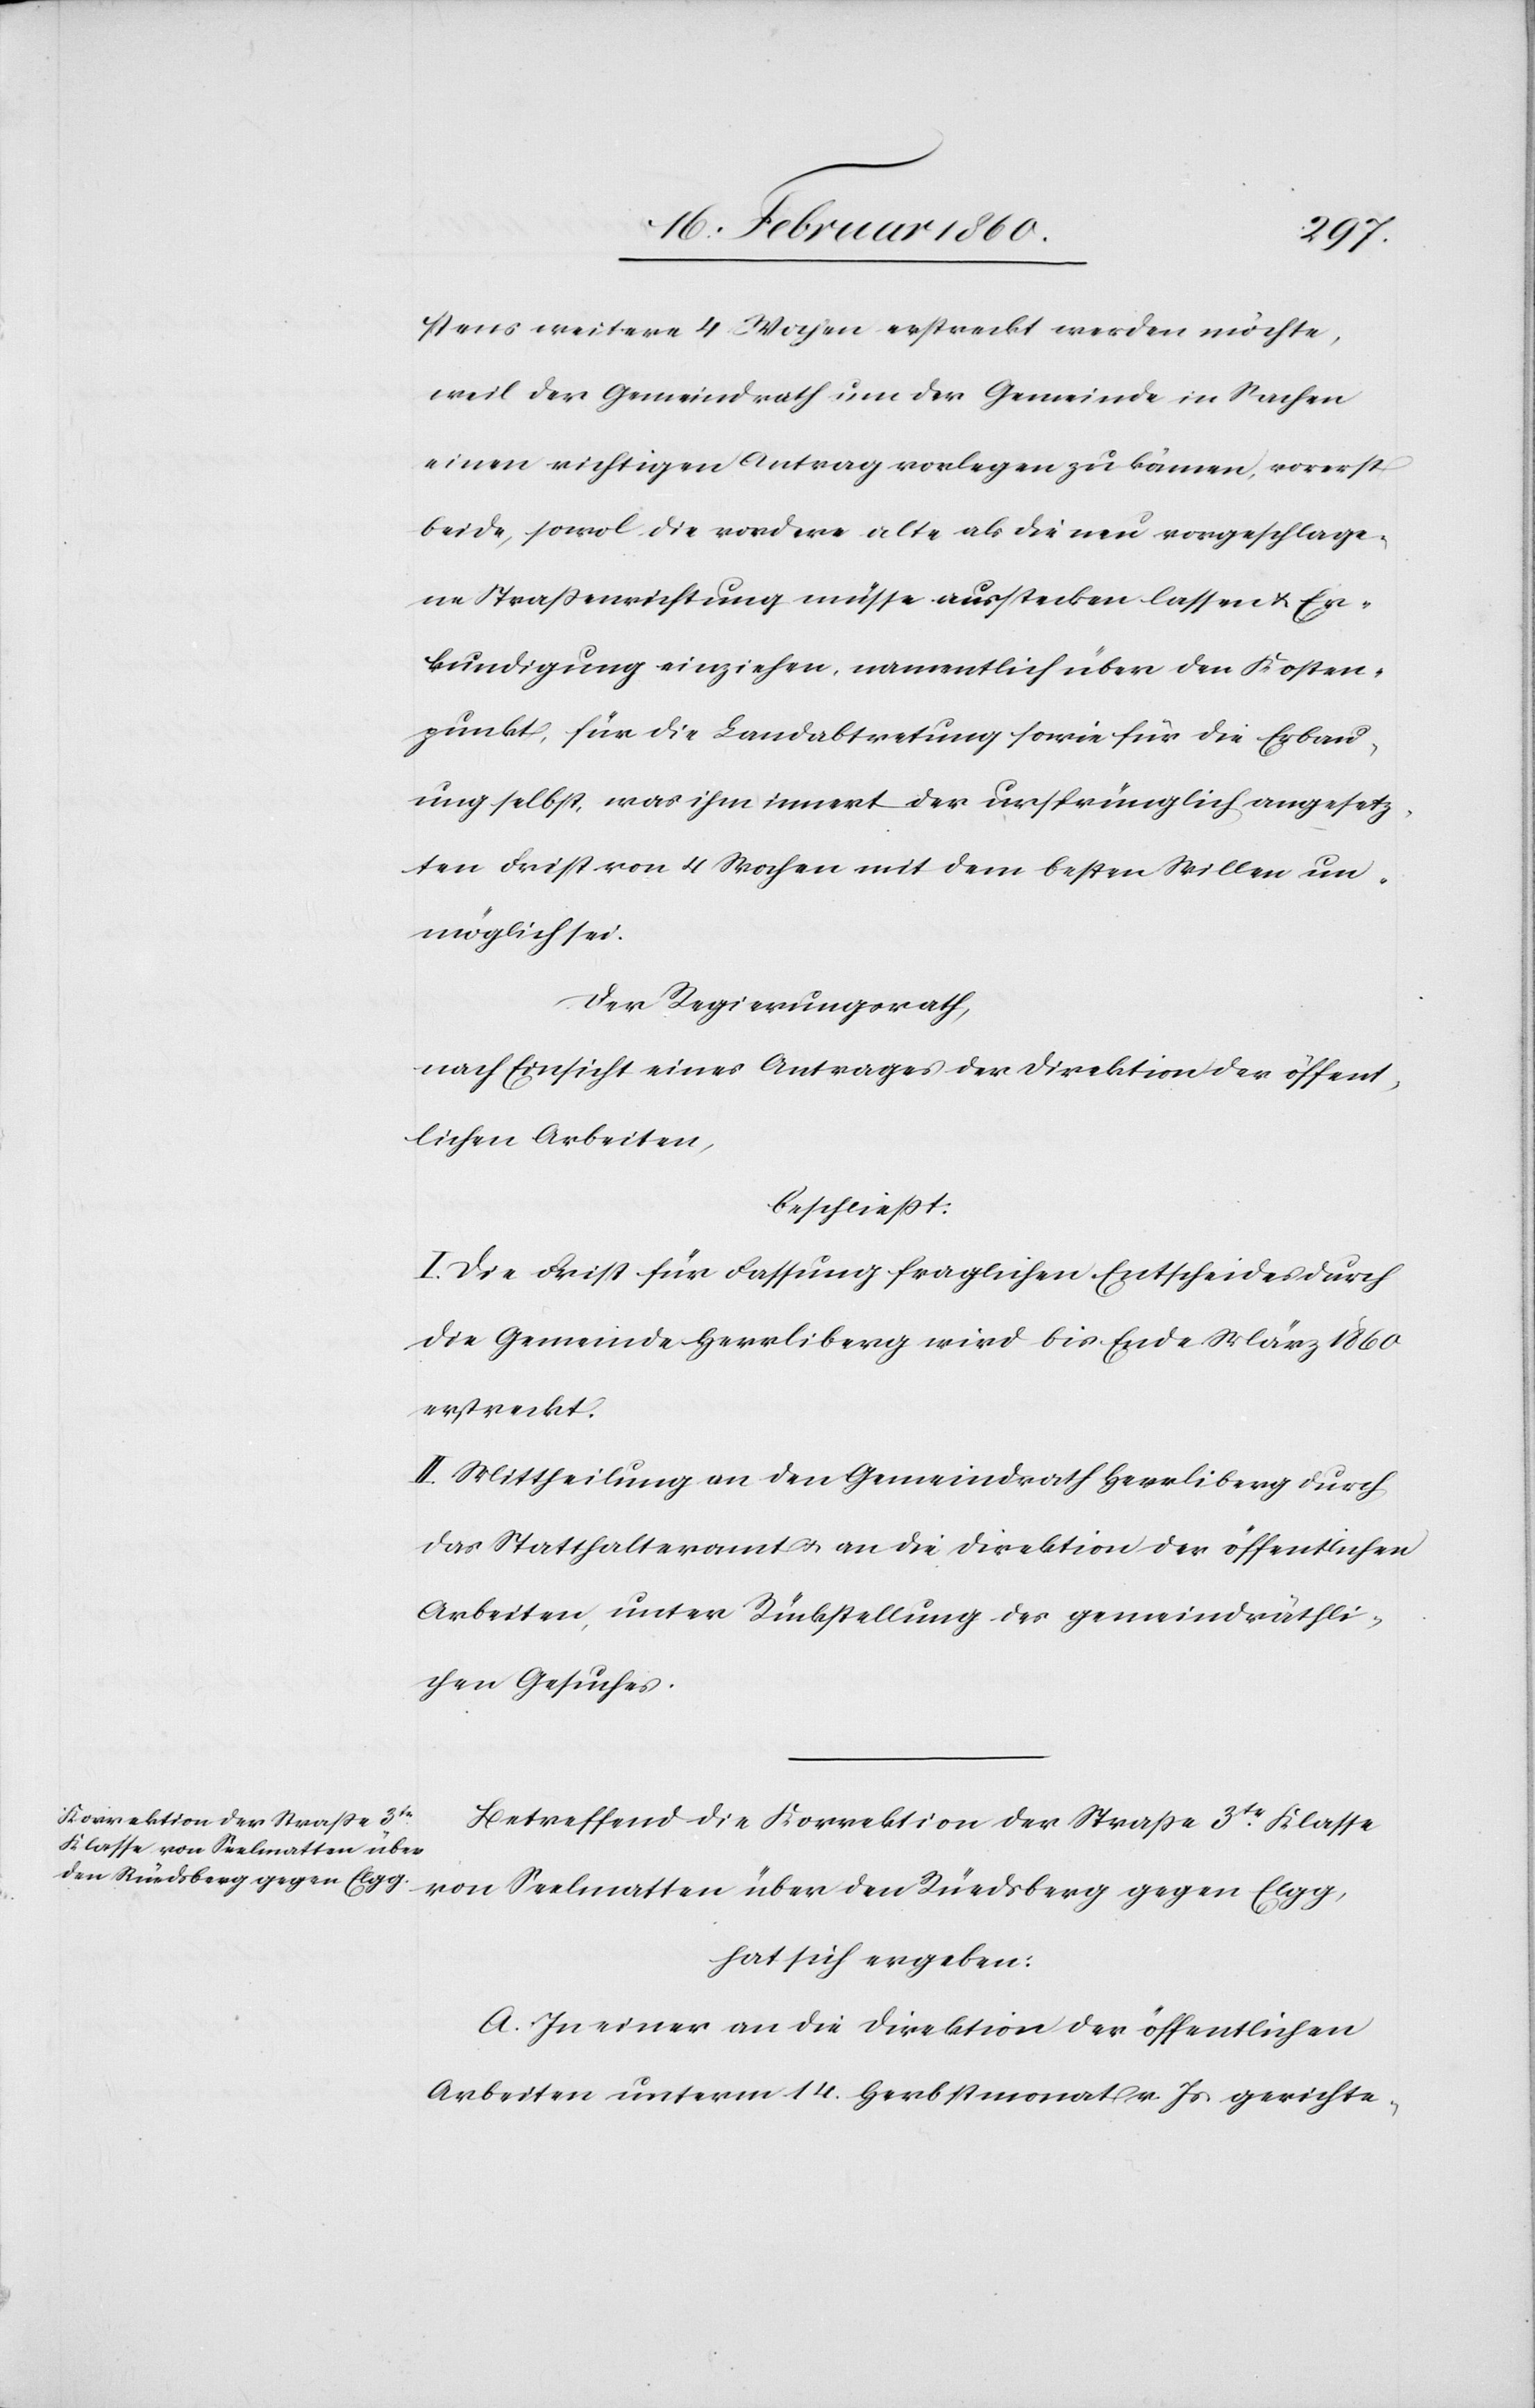
stens weitere 4 Wochen erstreckt werden möchte,
weil der Gemeindrath um der Gemeinde in Sachen
einen richtigen Antrag vorlegen zu können, vorerst
beide, sowol die vordere alte als die neu vorgeschlage¬
ne Strassenrichtung müsse ausstecken lassen u. Er¬
kundigung einziehen, namentlich über den Kosten¬
punkt, für die Landabtretung sowie für die Erbau¬
ung selbst, was ihm innert der ursprünglich angesetz¬
ten Frist von 4 Wochen mit dem besten Willen un¬
möglich sei.
Der Regierungsrath,
nach Einsicht eines Antrages der Direktion der öffent¬
lichen Arbeiten,
beschliesst:
I. Die Frist für Fassung fraglichen Entscheides durch
die Gemeinde Herrliberg wird bis Ende März 1860
erstreckt.
II. Mittheilung an den Gemeindrath Herrliberg durch
das Statthalteramt u. an die Direktion der öffentlichen
Arbeiten, unter Rückstellung des gemeindräthli¬
chen Gesuches.
Betreffend die Korrektion der Strasse 3tr Klasse
von Seelmatten über den Rüedsberg gegen Elgg,
hat sich ergeben:
A. In einer an die Direktion der öffentlichen
Arbeiten unterm 14. Herbstmonat v. Js. gerichte-